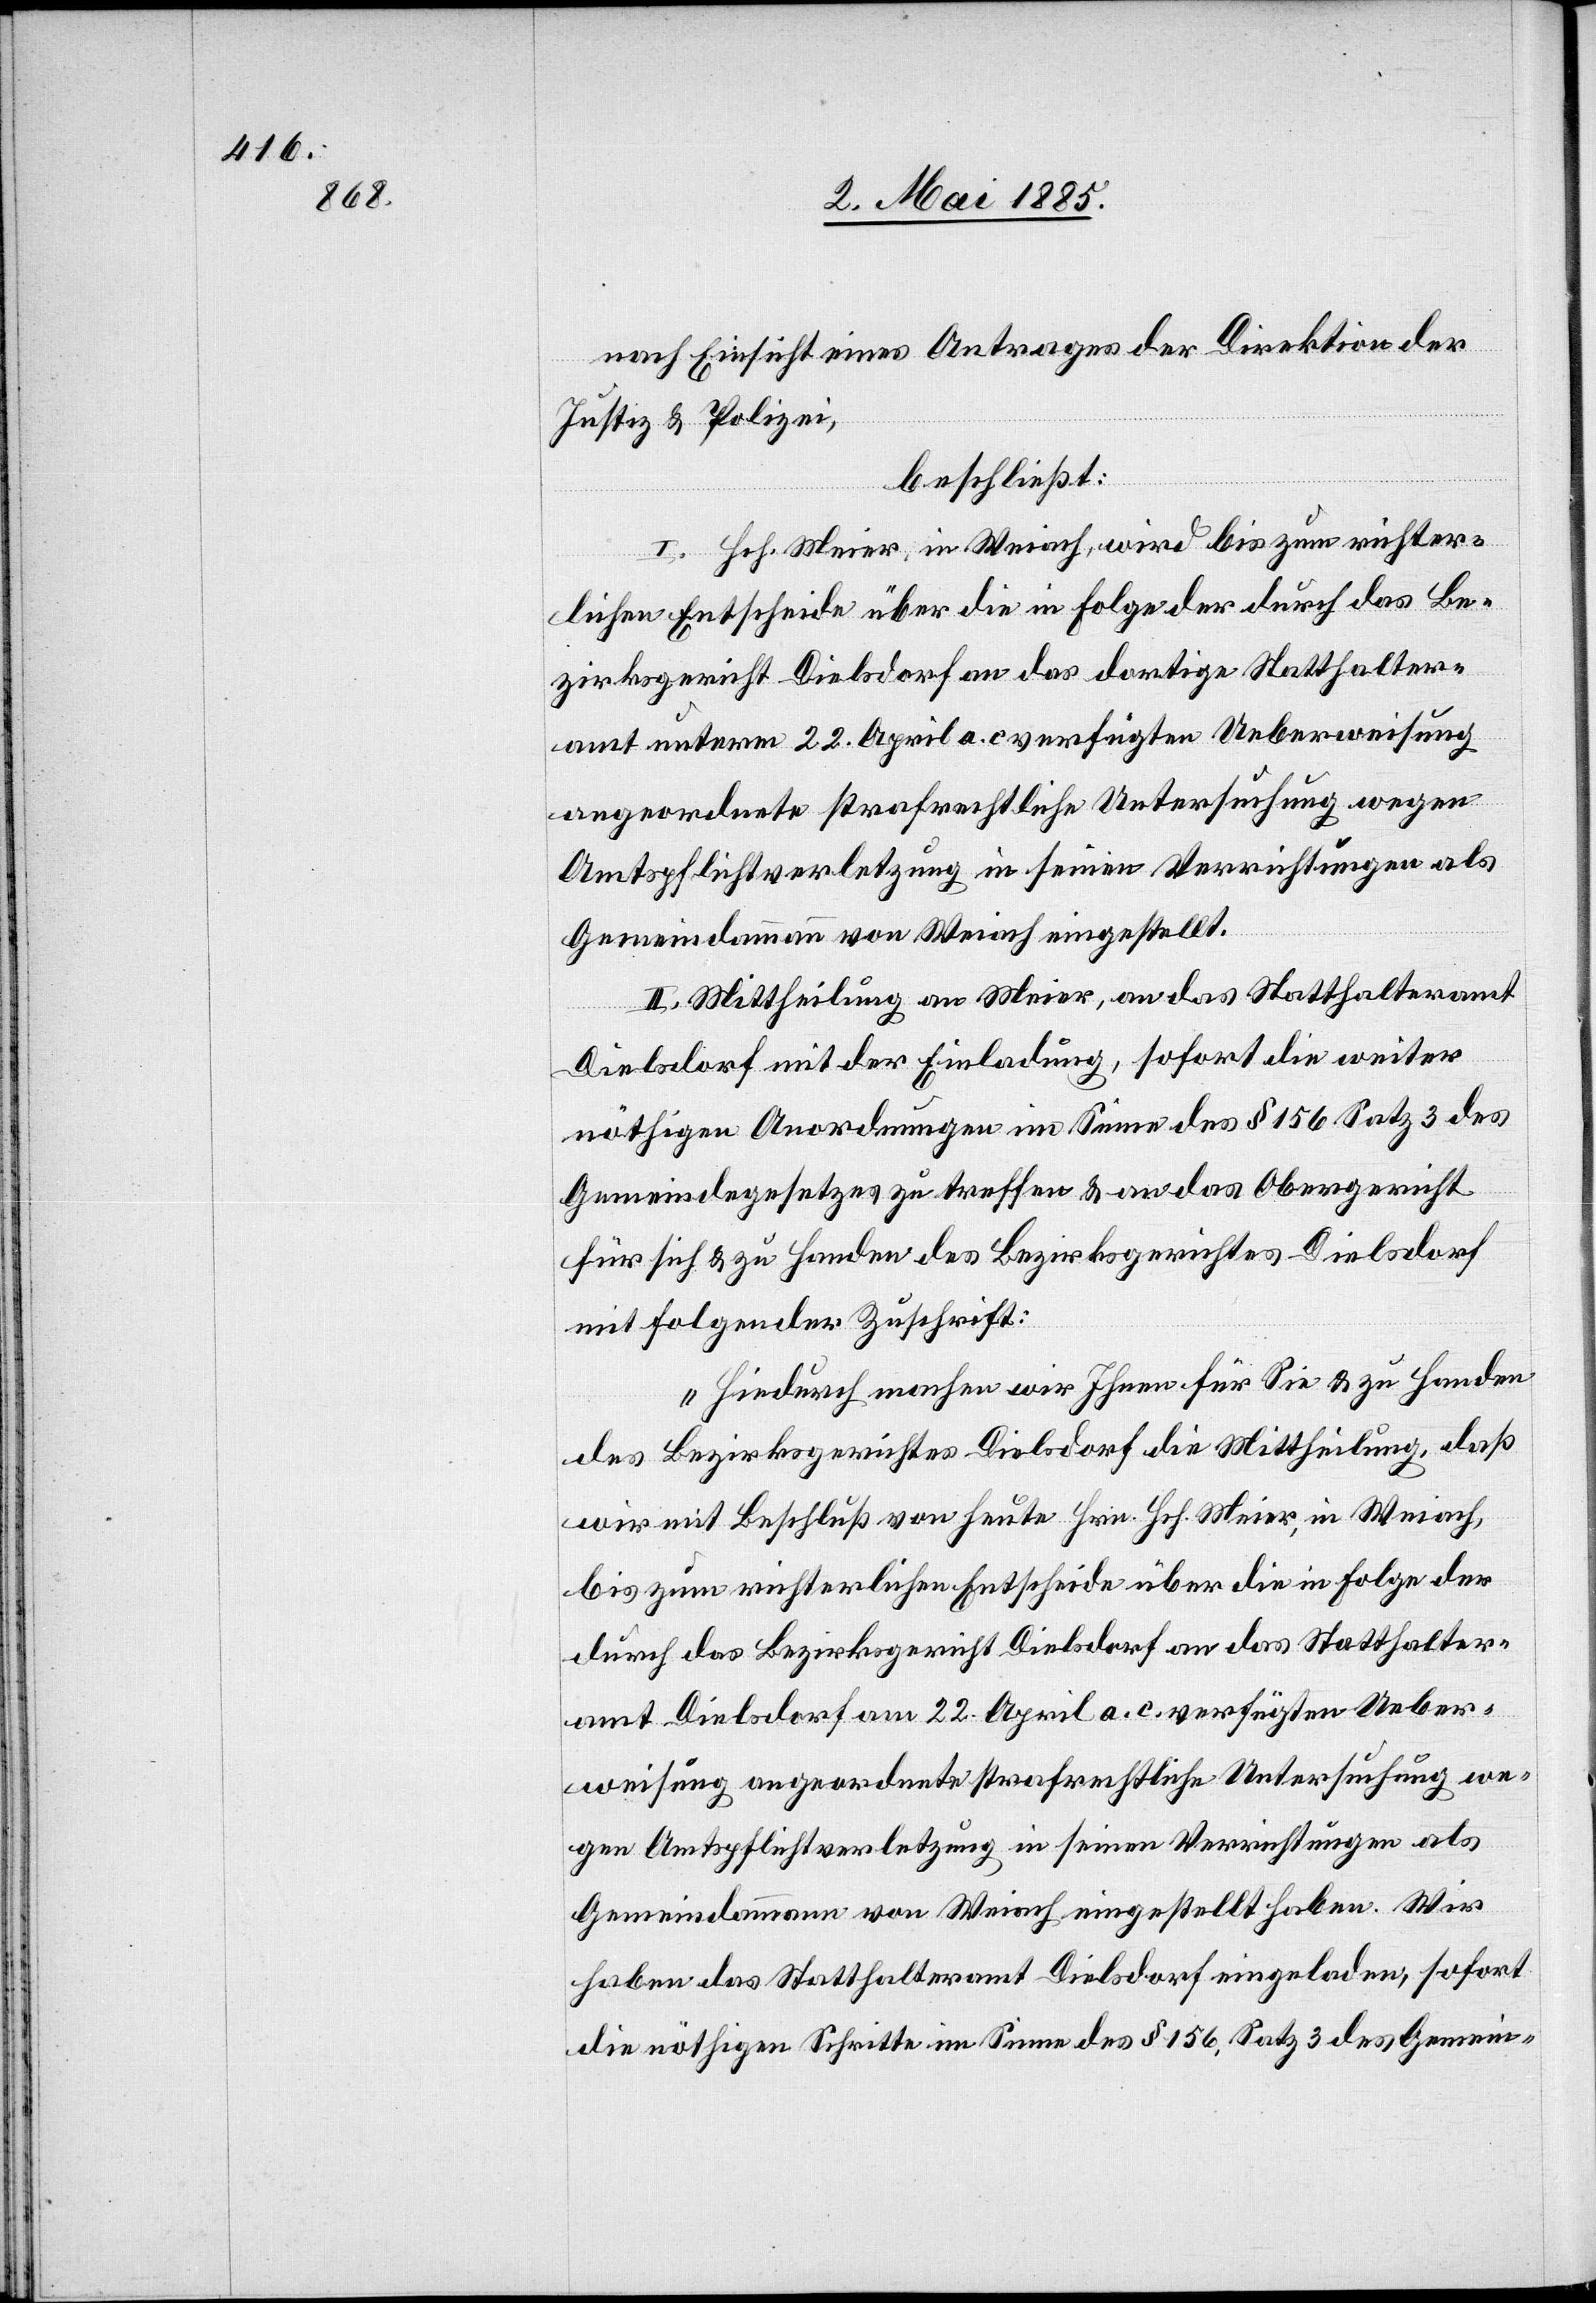
nach Einsicht eines Antrages der Direktion der
Justiz & Polizei,
beschließt:
I. Hch. Meier, in Weiach, wird bis zum richter¬
lichen Entscheide über die in Folge der durch das Be¬
zirksgericht Dielsdorf an das dortige Statthalter¬
amt unterm 22. April a. c. verfügten Ueberweisung
angeordnete strafrechtliche Untersuchung wegen
Amtspflichtverletzung in seinen Verrichtungen als
Gemeindammann von Weiach eingestellt.
II. Mittheilung an Meier, an das Statthalteramt
Dielsdorf mit der Einladung, sofort die weiter
nöthigen Anordnungen im Sinne des § 156 Satz 3 des
Gemeindegesetzes zu treffen & an das Obergericht
für sich & zu Handen des Bezirksgerichtes Dielsdorf
mit folgender Zuschrift:
„Hiedurch machen wir Ihnen für Sie & zu Handen
des Bezirksgerichtes die Mittheilung, daß wir mit Beschluß
bis zum richterlichen Entscheid über die in Folge des
durch das Bezirksgericht Dielsdorf an das Statthalter¬
amt Dielsdorf am 22. April a. c. verfügten Ueber¬
weisung angeordnete strafrechtliche Untersuchung we¬
gen Amtspflichtverletzung in seinen Verrichtungen als
Gemeindeammann von Weiach eingestellt haben. Wir
haben das Statthalteramt Dielsdorf eingeladen, sofort
die nöthigen Schritte im Sinne des § 156, Satz 3 des Gemein-